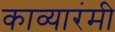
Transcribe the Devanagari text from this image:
काव्यारंमी